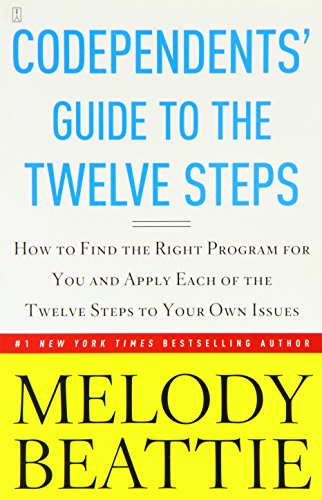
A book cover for Codependents' Guide to the Twelve Steps; Melody Beattie; Self-Help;